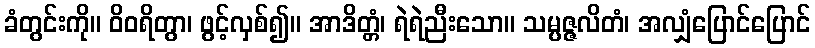
ခံတွင်းကို။ ဝိဝရိတွာ၊ ဖွင့်လှစ်၍။ အာဒိတ္တံ၊ ရဲရဲညီးသော။ သမ္ပဇ္ဇလိတံ၊ အလျှံပြောင်ပြောင်